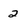
Character: 2